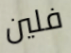
فلين